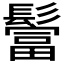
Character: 𩯅